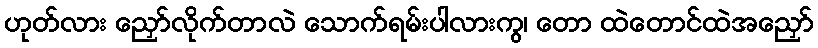
ဟုတ်လား ညှော်လိုက်တာလဲ သောက်ရမ်းပါလားကွ၊ တော ထဲတောင်ထဲအညှော်